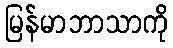
မြန်မာဘာသာကို